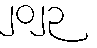
၂၀၂၃